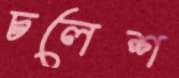
চলেশ